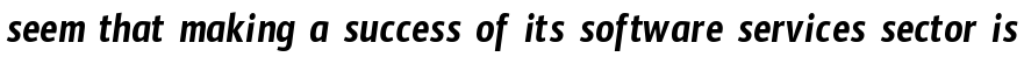
seem that making a success of its software services sector is